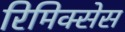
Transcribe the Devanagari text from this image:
रिमिक्सेस